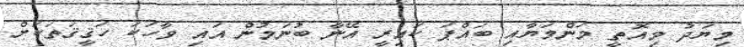
މިޔަދު މިއޮތީ މަންމަޔާއި ބައްޕަ ކައިރީ އޭނާ ބުނަމުން އައި ވާހަކަ ހަޤީޤަތަކަށް